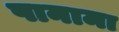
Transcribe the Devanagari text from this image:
पानामा